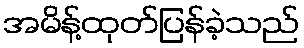
အမိန့်ထုတ်ပြန်ခဲ့သည်